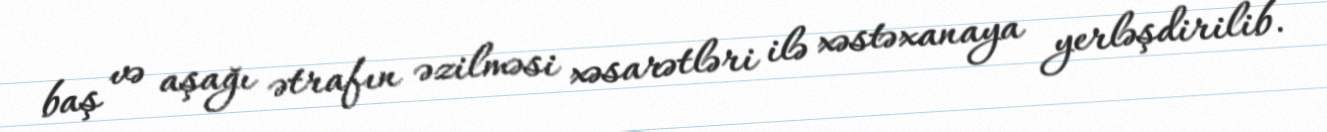
baş və aşağı ətrafın əzilməsi xəsarətləri ilə xəstəxanaya yerləşdirilib.